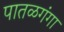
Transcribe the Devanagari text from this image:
पातळगंगा